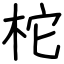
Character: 柁